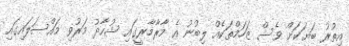
އިތުރު ބަޔަކަށް ވެސް ޒަހަމްތަކެއް ލިބުނު އެ މާރާމާރީގައި ޝުހާދު މަރުވި މައްސަލައިގައި